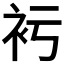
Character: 𧘚